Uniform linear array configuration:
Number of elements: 64
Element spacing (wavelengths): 1
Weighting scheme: hamming
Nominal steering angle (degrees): -15
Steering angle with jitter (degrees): -15.083
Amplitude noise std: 0.05
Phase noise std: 0.05

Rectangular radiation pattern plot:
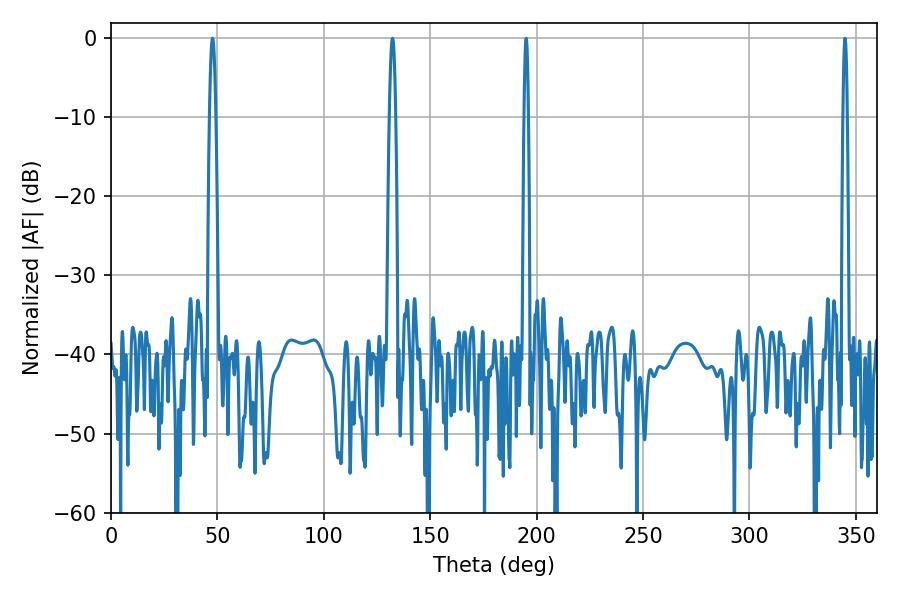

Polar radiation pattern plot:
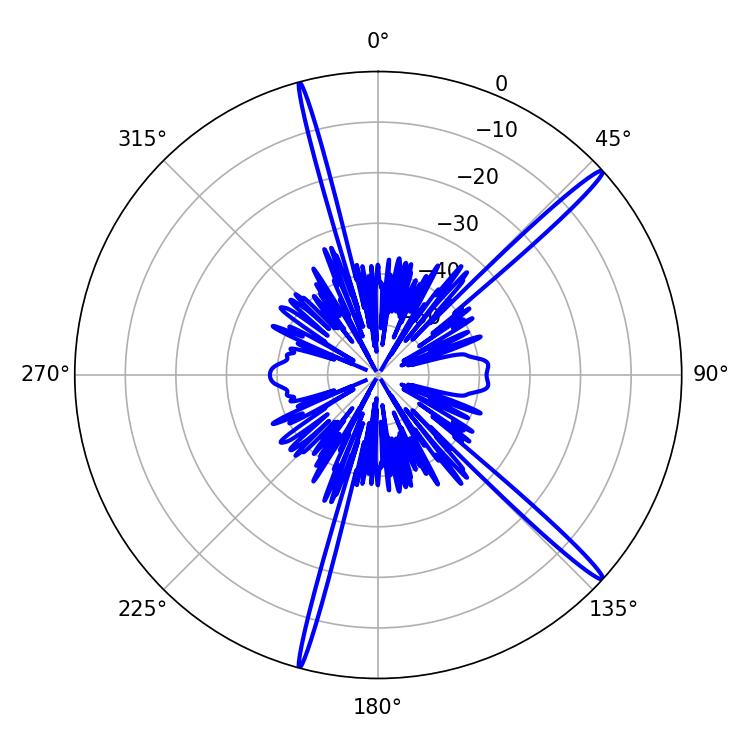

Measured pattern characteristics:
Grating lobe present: TRUE
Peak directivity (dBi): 17.476
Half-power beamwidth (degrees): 1.62
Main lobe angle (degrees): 47.7